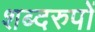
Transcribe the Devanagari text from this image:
शब्दरुपों